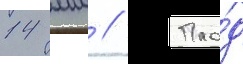
14 мм // Пло́д